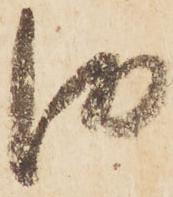
御